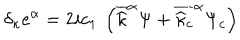
\delta _ { \kappa } e ^ { \alpha } = 2 i c _ { 1 } \: \left( \overline { { { \widehat { \kappa } } } } ^ { \alpha } \Psi + \overline { { { \widehat { \kappa } _ { c } } } } ^ { \alpha } \Psi _ { c } \right)